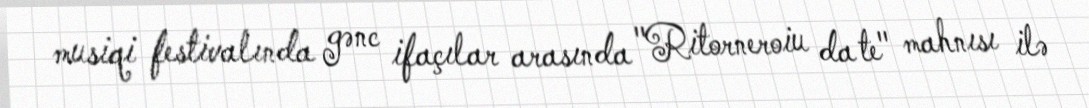
musiqi festivalında gənc ifaçılar arasında "Ritorneroiu da te" mahnısı ilə